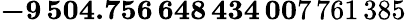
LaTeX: \mathbf{-9\, 504.756\, 648\, 434\, 00}7\, 761\, 385